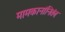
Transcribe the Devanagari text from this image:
मामकानांनितंबः